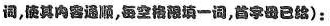
调,使其肉睿遍顺,每空格隈填一词,首字母已给):